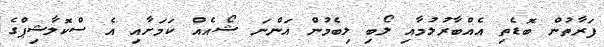
ފަރާތުން ބޮޑެތި އެއްބާރުލުމާއި ލޯބި ލިބެމުން އަންނަ ޝޯއެއް ކަމަށާއި އެ ސްކޮލާޝިޕްގެ